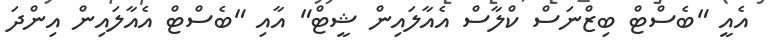
އެއީ "ބެސްޓް ބިޒްނަސް ކްލާސް އެއާލައިން ޝީޓް" އާއި "ބެސްޓް އެއާލައިން އިންދަ